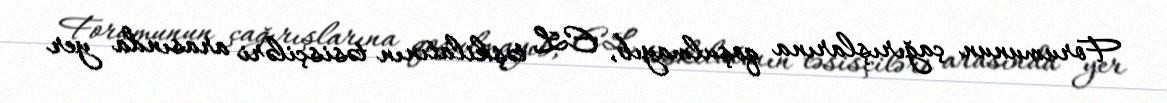
Forumunun çağırışlarına qoşulmayıb, EL təşkilatının təsisçiləri arasında yer